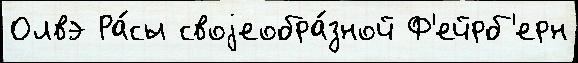
Олвэ Ра́сы своjеобра́зной Ф'ейрб'ерн